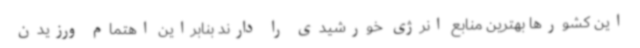
این کشورها بهترین منابع انرژی خورشیدی را دارند بنابراین اهتمام ورزیدن